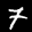
Label: 7